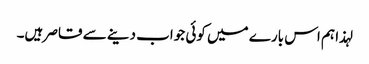
لہذا ہم اس بارے میں کوئی جواب دینے سے قاصر ہیں۔